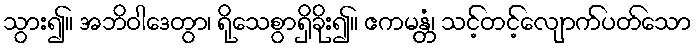
သွား၍။ အဘိဝါဒေတွာ၊ ရိုသေစွာရှိခိုး၍။ ဧကမန္တံ၊ သင့်တင့်လျောက်ပတ်သော